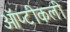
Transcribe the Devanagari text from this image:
ऑप्टीकली